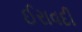
ઈરાવદી